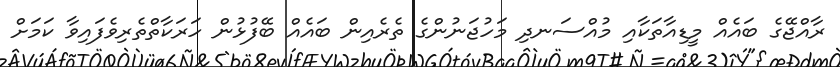
ރާއްޖޭގެ ބައެއް މީޑިއާތަކާއި މުއްސަނދި މަހުޖަނުންގެ ތެރެއިން ބައެއް ބޭފުޅުން ހަރަކާތްތެރިވެފައިވާ ކަމަށް